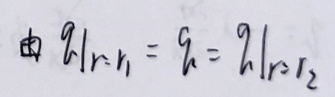
由 $\left.q\right|_{r = r_1}=q=\left.q\right|_{r = r_2}$